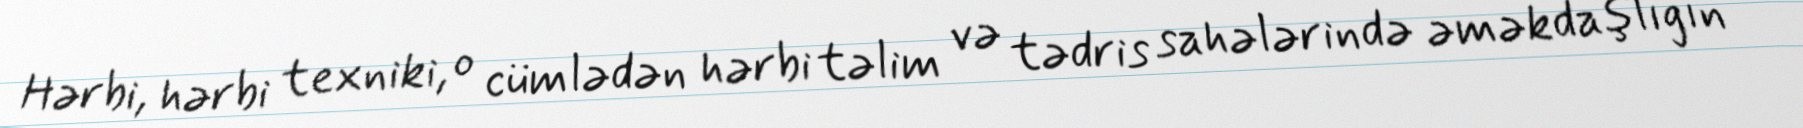
Hərbi, hərbi texniki, o cümlədən hərbi təlim və tədris sahələrində əməkdaşlığın